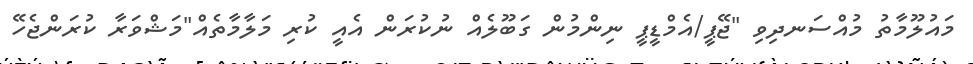
މައުލޫމާތު މުއްސަނދިވި "ޖޭޕީ/އެމްޑީޕީ ނިންމުން ގަބޫލެއް ނުކުރަން އެއީ ކުރި މަލާމާތެއް"މަޝްވަރާ ކުރަންޖެހޭ